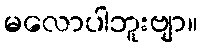
မလောပါဘူးဗျာ။